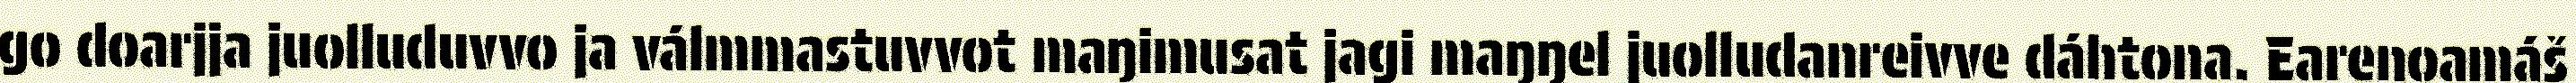
go doarjja juolluduvvo ja válmmastuvvot maŋimusat jagi maŋŋel juolludanreivve dáhtona. Earenoamáš